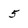
Character: 5